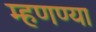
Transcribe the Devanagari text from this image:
म्हणण्या